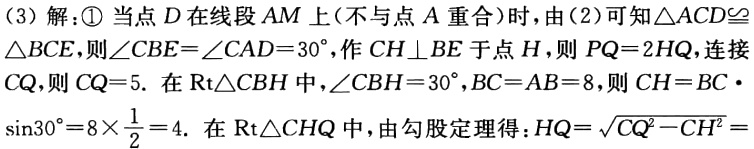
(3) 解: \textcircled{1} 当点 \(D\) 在线段 \(AM\) 上(不与点 \(A\) 重合)时, 由(2)可知\(\triangle ACD\cong\triangle BCE\), 则\(\angle CBE = \angle CAD = 30^{\circ}\), 作 \(CH\perp BE\) 于点 \(H\), 则 \(PQ = 2HQ\), 连接 \(CQ\), 则 \(CQ = 5\). 在 \(Rt\triangle CBH\) 中,\(\angle CBH = 30^{\circ}\),\(BC = AB = 8\), 则 \(CH=BC\cdot\sin30^{\circ}=8\times\frac{1}{2}=4\). 在 \(Rt\triangle CHQ\) 中, 由勾股定理得:\(HQ = \sqrt{CQ^{2}-CH^{2}}=\)